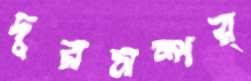
দূরসম্পর্